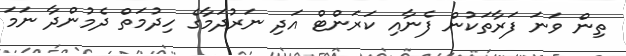
ތިން ވަނަ ފަރާތަކުން ފެނާއި ކަރަންޓް އަދި ނަރުދަމާގެ ހިދުމަތް ދެމުންދާ ނަމަ